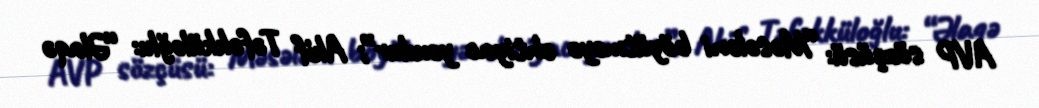
AVP sözçüsü: “Məsələni böyütməyə ehtiyac yoxdur”; Akif Təfəkküloğlu: “Əlaqə